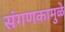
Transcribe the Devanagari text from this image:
संगणकामुळे